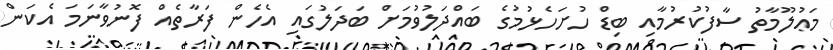
މަޢުލޫމާތު ސާފުކުރުމާއި ބިޑް ހުށަހެޅުމުގެ ބައްދަލުވުމަށް ބަދަލުގައި އެހެން ފަރާތެއް ފޮނުވާނަމަ އެކަން